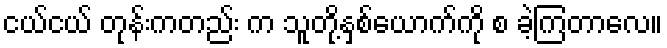
ငယ်ငယ် တုန်းကတည်း က သူတို့နှစ်ယောက်ကို စ ခဲ့ကြတာလေ။